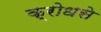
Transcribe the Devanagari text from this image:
क्रोधसे